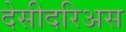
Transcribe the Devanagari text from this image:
देसीदरिअस